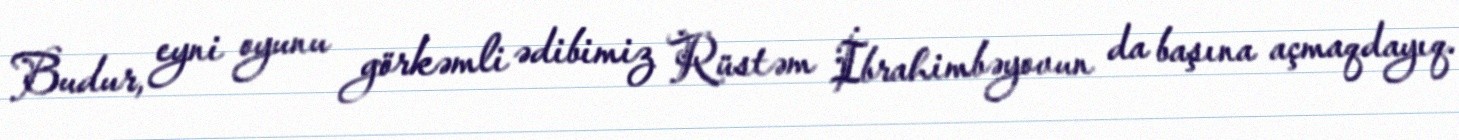
Budur, eyni oyunu görkəmli ədibimiz Rüstəm İbrahimbəyovun da başına açmaqdayıq.